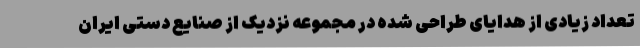
تعداد زیادی از هدایای طراحی شده در مجموعه نزدیک از صنایع دستی ایران